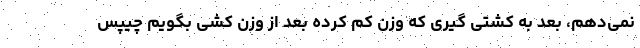
نمی‌دهم، بعد به کشتی گیری که وزن کم کرده بعد از وزن کشی بگویم چیپس